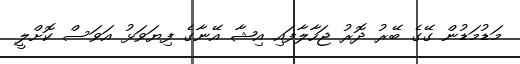
މަޑުމަޑުން ގޭގެ ބޭރު ދޮރު ޖަހާލާފައި އިޝާ އޭނާގެ ފިޔަވަޅު އަވަސް ކޮށްލީ